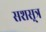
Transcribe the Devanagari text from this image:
सशस़्त्र